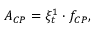
A _ { C P } = \xi _ { t } ^ { 1 } \cdot f _ { C P } ,